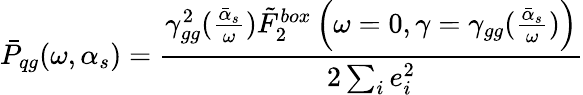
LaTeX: \bar{P}_{qg}(\omega,\alpha_{s})={\frac{\gamma_{gg}^{2}({\frac{\bar{\alpha}_{s}}{\omega}})\tilde{F}_{2}^{box}\left(\omega=0,\gamma=\gamma_{gg}({\frac{\bar{\alpha}_{s}}{\omega}})\right)}{2\sum_{i}e_{i}^{2}}}